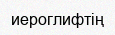
иероглифтің